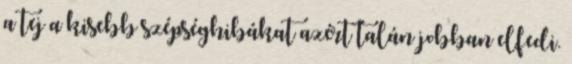
a tej a kisebb szépséghibákat azért talán jobban elfedi.